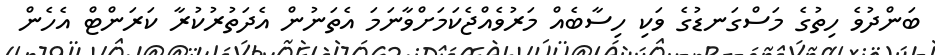
ބަންދުވެ ހިތުގެ މަސްގަނޑުގެ ވަކި ހިސާބެއް މަރުވެއްޖެކަމަށްވާނަމަ އެތަނުން އެދަތުރުކުރާ ކަރަންޓް އެހެން